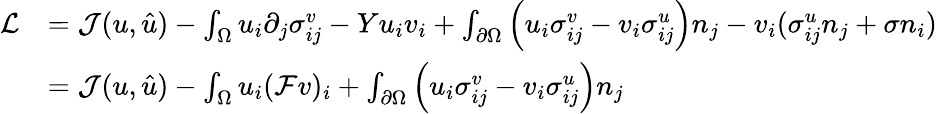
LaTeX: \begin{array}{rl}{\mathcal{L}}&{=\mathcal{J}(u,\hat{u})-\int_{\Omega}u_{i}\partial_{j}\sigma_{ij}^{v}-Yu_{i}v_{i}+\int_{\partial\Omega}\left(u_{i}\sigma_{ij}^{v}-v_{i}\sigma_{ij}^{u}\right)n_{j}-v_{i}(\sigma_{ij}^{u}n_{j}+\sigma n_{i})}\\ &{=\mathcal{J}(u,\hat{u})-\int_{\Omega}u_{i}(\mathcal{F}v)_{i}+\int_{\partial\Omega}\left(u_{i}\sigma_{ij}^{v}-v_{i}\sigma_{ij}^{u}\right)n_{j}}\end{array}